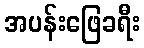
အပန်းဖြေခရီး